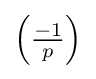
{\textstyle \left({\frac {-1}{p}}\right)}